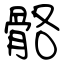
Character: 骼